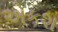
એકશ